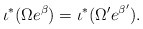
\begin{align*}\iota^{*}(\Omega e^{\beta}) = \iota^{*}(\Omega' e^{\beta'}).\end{align*}